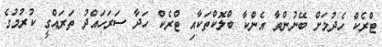
ޓްރެކް ހެދުމަށް ބޭނުންވާ އެންކާ ބްލޮކްތަކާއި ޓްރެކް ހަދާ ސަރަހައްދު ތަރައްގީ ކުރުމުގެ